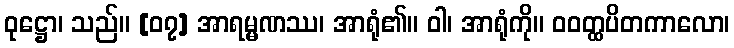
ဝုဋ္ဌော၊ သည်။ [၀၇] အာရမ္မဏဿ၊ အာရုံ၏။ ဝါ၊ အာရုံကို။ ဝဝတ္ထပိတကာလော၊